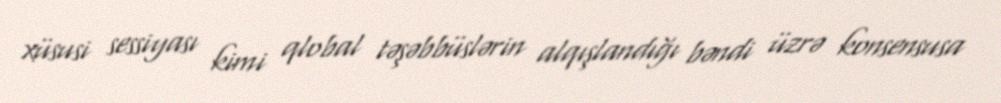
xüsusi sessiyası kimi qlobal təşəbbüslərin alqışlandığı bəndi üzrə konsensusa